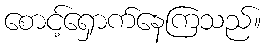
စောင့်ရှောက်နေကြသည်။